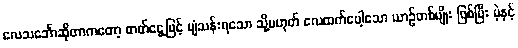
လေသင်္ဘောဆိုတာကတော့ ဓာတ်ငွေ့ဖြင့် ပျံသန်းရသော သို့မဟုတ် လေထက်ပေါ့သော ယာဉ်တစ်မျိုး ဖြစ်ပြီး ပဲ့နှင့်